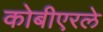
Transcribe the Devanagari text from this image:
कोबीएरले